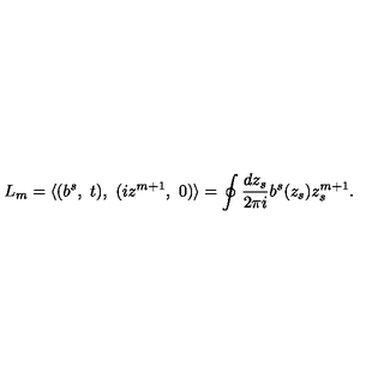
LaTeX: L _ { m } = \langle ( b ^ { s } , \ t ) , \ ( i z ^ { m + 1 } , \ 0 ) \rangle = \oint \frac { d z _ { s } } { 2 \pi i } b ^ { s } ( z _ { s } ) z _ { s } ^ { m + 1 } .